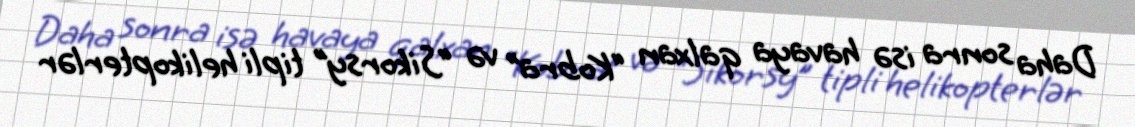
Daha sonra isə havaya qalxan “Kobra” və “Sikorsy” tipli helikopterlər